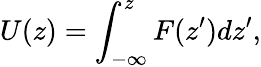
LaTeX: U(z)=\int_{-\infty}^{z}F(z^{\prime})dz^{\prime},